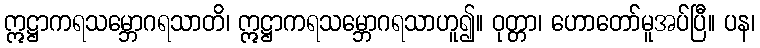
ဣဋ္ဌာကရသမ္ဘောဂရသာတိ၊ ဣဋ္ဌာကရသမ္ဘောဂရသာဟူ၍။ ဝုတ္တာ၊ ဟောတော်မူအပ်ပြီ။ ပန၊